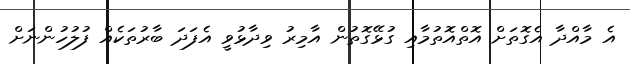
އެ މާއްދާ އެގޮތަށް އޮތްއޮތުމާއި ގުޅޭގޮތުން އާމިރު ވިދާޅުވީ އެފަދަ ބާރުތަކެއް ފުލުހުންނަށް